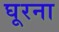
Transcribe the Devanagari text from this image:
घूरना